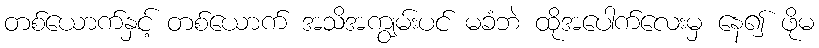
တစ်ယောက်နှင့် တစ်ယောက် အသိအကျွမ်းပင် မခံဘဲ ထိုအပေါက်လေးမှ နေ၍ ဖိုမ